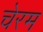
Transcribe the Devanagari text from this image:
चेरम